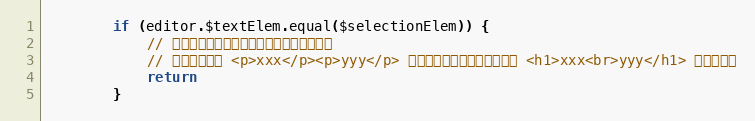
Language: JavaScript
        if (editor.$textElem.equal($selectionElem)) {
            // 不能选中多行来设置标题，否则会出现问题
            // 例如选中的是 <p>xxx</p><p>yyy</p> 来设置标题，设置之后会成为 <h1>xxx<br>yyy</h1> 不符合预期
            return
        }